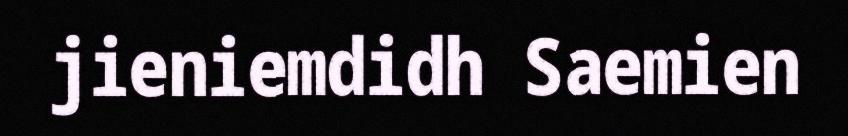
jieniemdidh Saemien